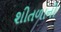
શીતળાની